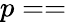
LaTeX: p==